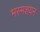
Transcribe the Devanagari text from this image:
भस्मशयन